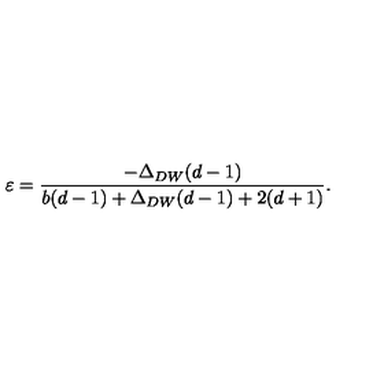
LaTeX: \varepsilon = { \frac { - \Delta _ { D W } ( d - 1 ) } { b ( d - 1 ) + \Delta _ { D W } ( d - 1 ) + 2 ( d + 1 ) } } .